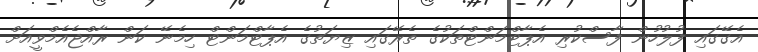
އެގޭގައި ފުލުހުން ފާސްކުރި އެޕާޓްމަންޓްތަކުގެ ތެރޭގައި ޒިޔަތުގެ އެޕާޓްމަންޓް ހިމެނޭ ކަން ރާއްޖެއެމްވީއަށް